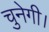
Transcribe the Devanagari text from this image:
चुनेगी।